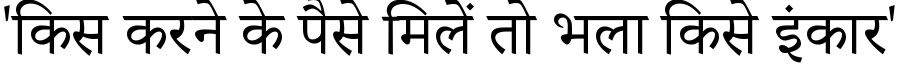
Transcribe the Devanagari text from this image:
'किस करने के पैसे मिलें तो भला किसे इंकार'